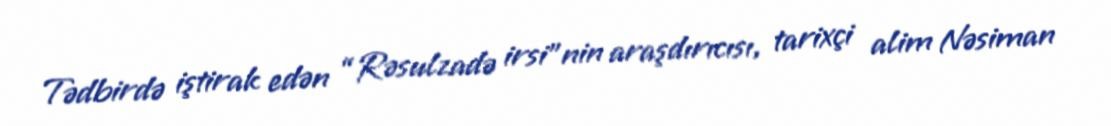
Tədbirdə iştirak edən “Rəsulzadə irsi”nin araşdırıcısı, tarixçi alim Nəsiman